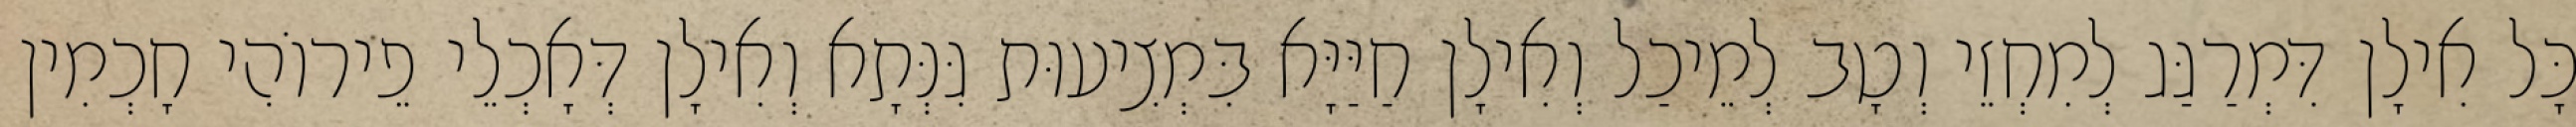
כָּל אִילָן דִּמְרַגַּג לְמִחְזֵי וְטָב לְמֵיכַל וְאִילָן חַיַּיָּא בִּמְצִיעוּת גִּנְּתָא וְאִילָן דְּאָכְלֵי פֵירוֹהִי חָכְמִין